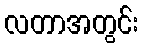
လတာအတွင်း